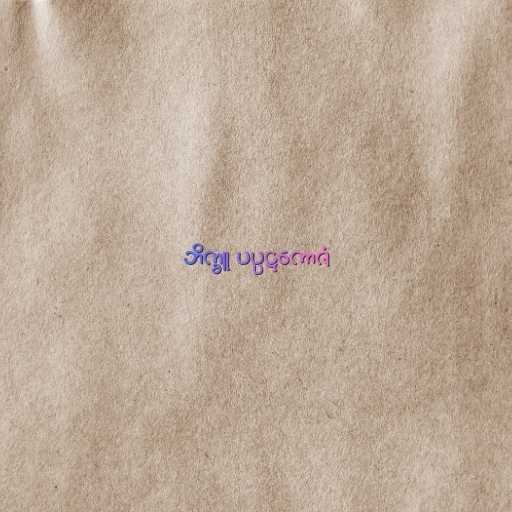
ဘိက္ခူ ပပ္ပဋကောဇံ